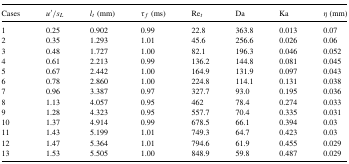
<table><thead><tr><td><b>Cases</b></td><td><b><i>u</i><sup>′</sup>/<i>s</i><sub><i>L</i></sub></b></td><td><b><i>l</i><sub><i>t</i></sub> (mm)</b></td><td><b><i>τ</i><sub><i>f</i></sub> (ms)</b></td><td><b>Re<sub><i>t</i></sub></b></td><td><b>Da</b></td><td><b>Ka</b></td><td><b><i>η</i> (mm)</b></td></tr></thead><tbody><tr><td>1</td><td>0.25</td><td>0.902</td><td>0.99</td><td>22.8</td><td>363.8</td><td>0.013</td><td>0.07</td></tr><tr><td>2</td><td>0.35</td><td>1.293</td><td>1.01</td><td>45.6</td><td>256.6</td><td>0.026</td><td>0.06</td></tr><tr><td>3</td><td>0.48</td><td>1.727</td><td>1.00</td><td>82.1</td><td>196.3</td><td>0.046</td><td>0.052</td></tr><tr><td>4</td><td>0.61</td><td>2.213</td><td>0.99</td><td>136.2</td><td>144.8</td><td>0.081</td><td>0.045</td></tr><tr><td>5</td><td>0.67</td><td>2.442</td><td>1.00</td><td>164.9</td><td>131.9</td><td>0.097</td><td>0.043</td></tr><tr><td>6</td><td>0.78</td><td>2.860</td><td>1.00</td><td>224.8</td><td>114.1</td><td>0.131</td><td>0.038</td></tr><tr><td>7</td><td>0.96</td><td>3.387</td><td>0.97</td><td>327.7</td><td>93.0</td><td>0.195</td><td>0.036</td></tr><tr><td>8</td><td>1.13</td><td>4.057</td><td>0.95</td><td>462</td><td>78.4</td><td>0.274</td><td>0.033</td></tr><tr><td>9</td><td>1.28</td><td>4.323</td><td>0.95</td><td>557.7</td><td>70.4</td><td>0.335</td><td>0.031</td></tr><tr><td>10</td><td>1.37</td><td>4.914</td><td>0.99</td><td>678.5</td><td>66.1</td><td>0.394</td><td>0.03</td></tr><tr><td>11</td><td>1.43</td><td>5.199</td><td>1.01</td><td>749.3</td><td>64.7</td><td>0.423</td><td>0.03</td></tr><tr><td>12</td><td>1.47</td><td>5.364</td><td>1.01</td><td>794.6</td><td>61.9</td><td>0.455</td><td>0.029</td></tr><tr><td>13</td><td>1.53</td><td>5.505</td><td>1.00</td><td>848.9</td><td>59.8</td><td>0.487</td><td>0.029</td></tr></tbody></table>